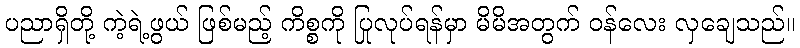
ပညာရှိတို့ ကဲ့ရဲ့ဖွယ် ဖြစ်မည့် ကိစ္စကို ပြုလုပ်ရန်မှာ မိမိအတွက် ဝန်လေး လှချေသည်။